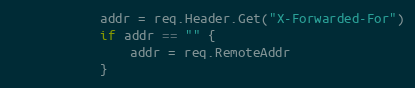
Language: Go
			addr = req.Header.Get("X-Forwarded-For")
			if addr == "" {
				addr = req.RemoteAddr
			}